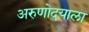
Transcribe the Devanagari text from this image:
अरुणोदयाला